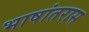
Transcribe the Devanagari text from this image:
भाषांतरास